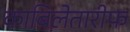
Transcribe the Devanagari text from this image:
काबिलेतारीफ